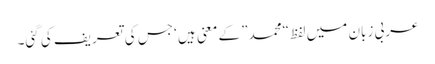
عربی زبان میں لفظ “محمد” کے معنی ہیں ‘جس کی تعریف کی گئی۔